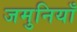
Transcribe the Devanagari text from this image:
जमुनियाँ